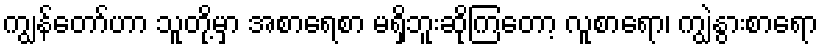
ကျွန်တော်ဟာ သူတို့မှာ အစာရေစာ မရှိဘူးဆိုကြတော့ လူစာရော၊ ကျွဲနွားစာရော